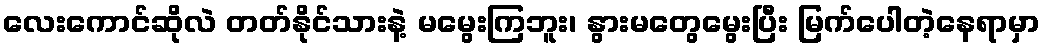
လေးကောင်ဆိုလဲ တတ်နိုင်သားနဲ့ မမွေးကြဘူး၊ နွားမတွေမွေးပြီး မြက်ပေါတဲ့နေရာမှာ